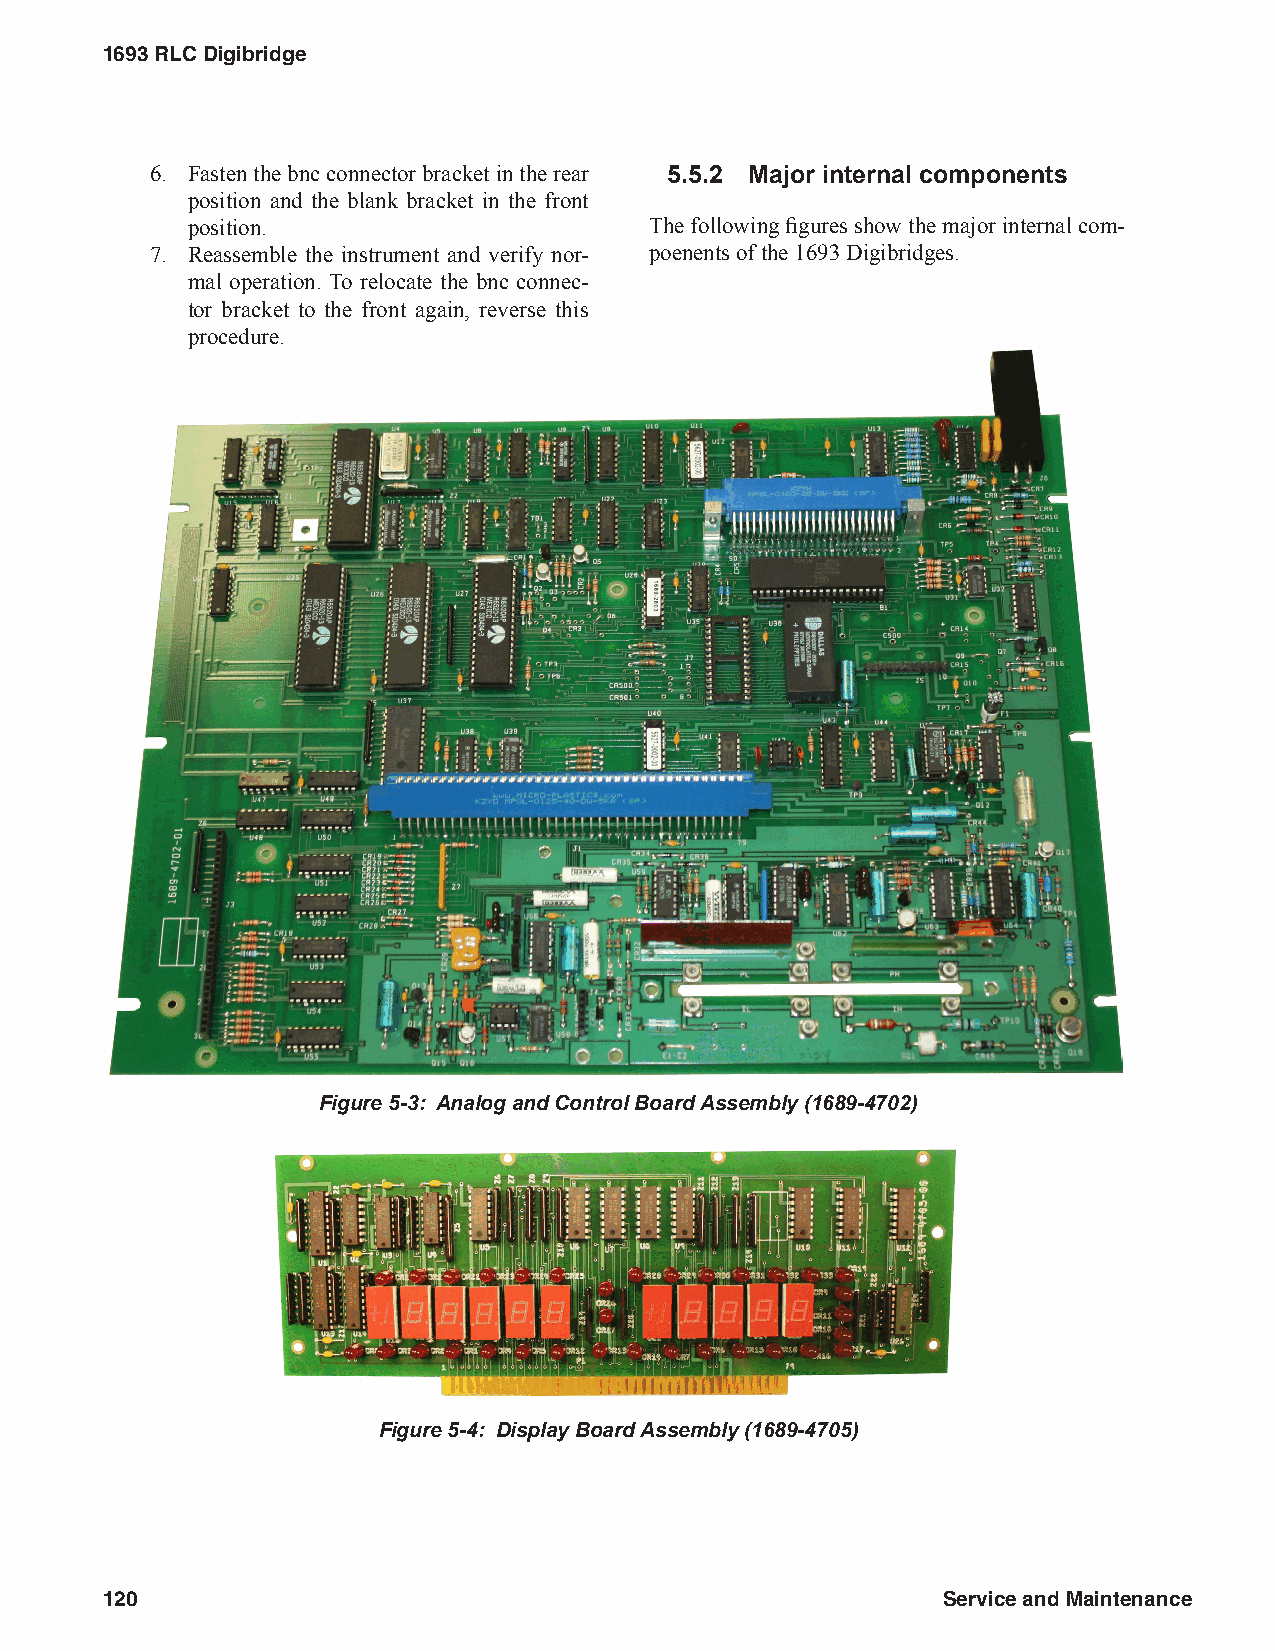
1693 RLC Digibridge
 6. Fasten the bnc connector bracket in the rear 5.5.2 Major internal components
 position and the blank bracket in the front
 position.                      The following figures show the major internal com-
 7. Reassemble the instrument and verify nor- poenents of the 1693 Digibridges.
 mal operation. To relocate the bnc connec-
 tor bracket to the front again, reverse this
 procedure.
 Figure 5-3: Analog and Control Board Assembly (1689-4702)
 Figure 5-4: Display Board Assembly (1689-4705)
 120                                                    Service and Maintenance